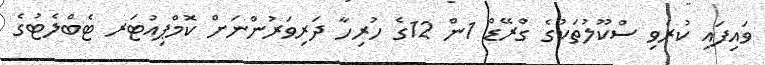
ވައިފައި ކުރެވި ސްކޫލުތަކުގެ ގްރޭޑް 1ން 12ގެ ހުރިހާ ދަރިވަރުންނަށް ކޮމްޕިއުޓަރ ޓެބްލެޓުގެ